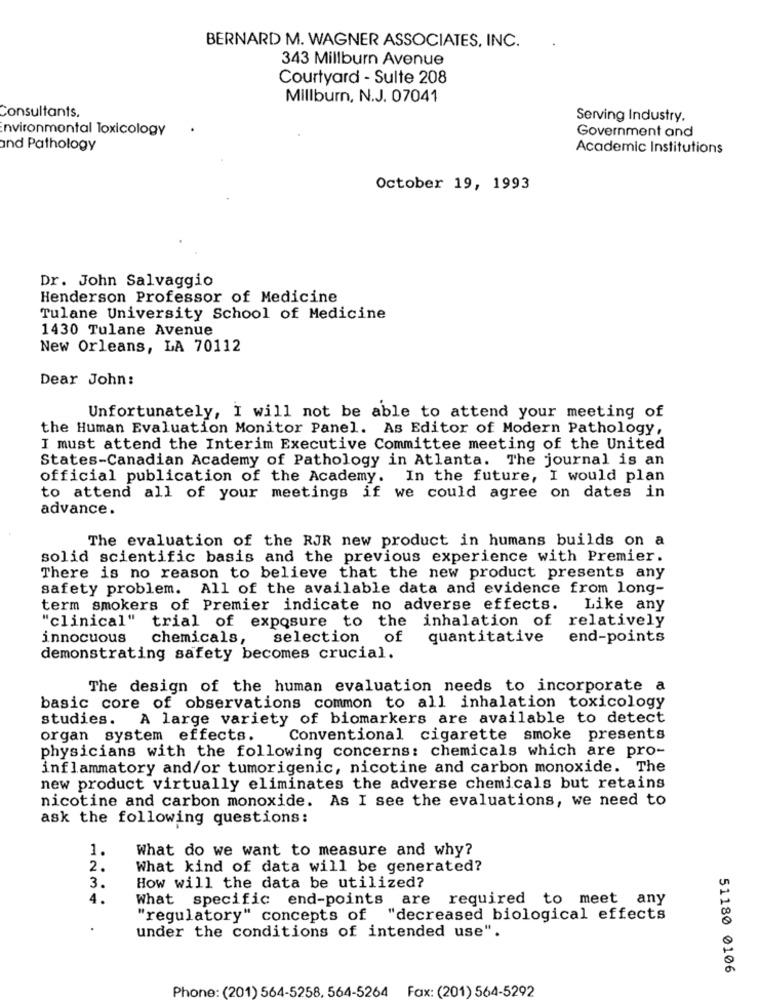
BERNARD M. WAGNER ASSOCIATES, INC.
343 Millburn Avenue
Courtyard - Sulte 208
Millburn, N.J. 07041
Consultants.
Serving Industry.
Environmental Toxicology
Government and
and Pathology
Academic Institutions
October 19, 1993
Dr. John Salvaggio
Henderson Professor of Medicine
Tulane University School of Medicine
1430 Tulane Avenue
New Orleans, LA 70112
Dear John:
Unfortunately, I will not be able to attend your meeting of
the Human Evaluation Monitor Panel. As Editor of Modern Pathology,
I must attend the Interim Executive Committee meeting of the United
States-Canadian Academy of Pathology in Atlanta. The journal is an
official publication of the Academy. In the future, I would plan
to attend all of your meetings if we could agree on dates in
advance.
The evaluation of the RJR new product in humans builds on a
solid scientific basis and the previous experience with Premier.
There is no reason to believe that the new product presents any
safety problem. All of the available data and evidence from long-
term smokers of Premier indicate no adverse effects.
Like any
"clinical"
trial of exposure to the inhalation of
relatively
innocuous
chemicals,
selection
of
quantitative
end-points
demonstrating safety becomes crucial.
The design of the human evaluation needs to incorporate a
basic core of observations common to all inhalation toxicology
studies. A large variety of biomarkers are available to detect
organ system effects.
Conventional cigarette smoke presents
physicians with the following concerns: chemicals which are pro-
inflammatory and/or tumorigenic, nicotine and carbon monoxide. The
new product virtually eliminates the adverse chemicals but retains
nicotine and carbon monoxide. As I see the evaluations, we need to
ask the following questions:
1.
What do we want to measure and why?
2.
What kind of data will be generated?
3.
How will the data be utilized?
4.
What specific end-points are
required to meet any
"regulatory" concepts of
"decreased biological effects
.
under the conditions of intended use".
51180 0106
Phone: (201) 564-5258, 564-5264 Fax: (201) 564-5292